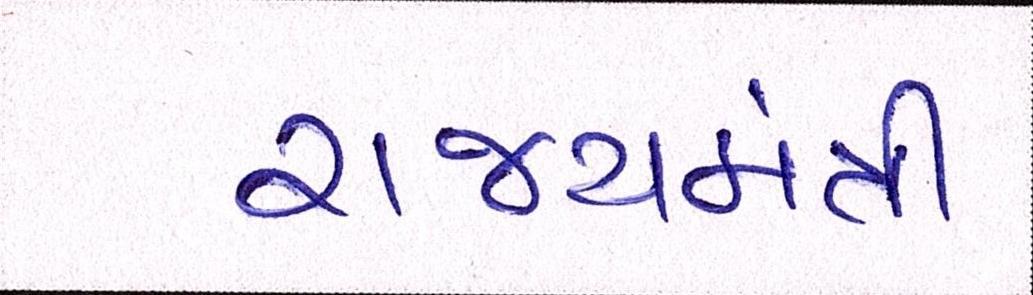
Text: રાજ્યમંત્રી